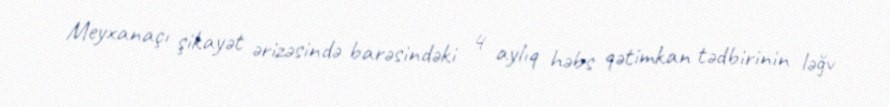
Meyxanaçı şikayət ərizəsində barəsindəki 4 aylıq həbs qətimkan tədbirinin ləğv